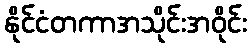
နိုင်ငံတကာအသိုင်းအဝိုင်း